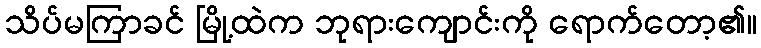
သိပ်မကြာခင် မြို့ထဲက ဘုရားကျောင်းကို ရောက်တော့၏။